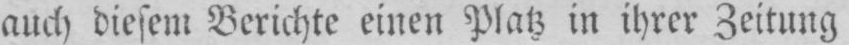
auch diesem Berichte einen Platz in ihrer Zeitung